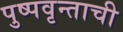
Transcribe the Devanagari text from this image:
पुष्पवृन्ताची